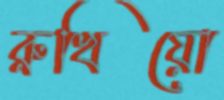
রুখিয়ো